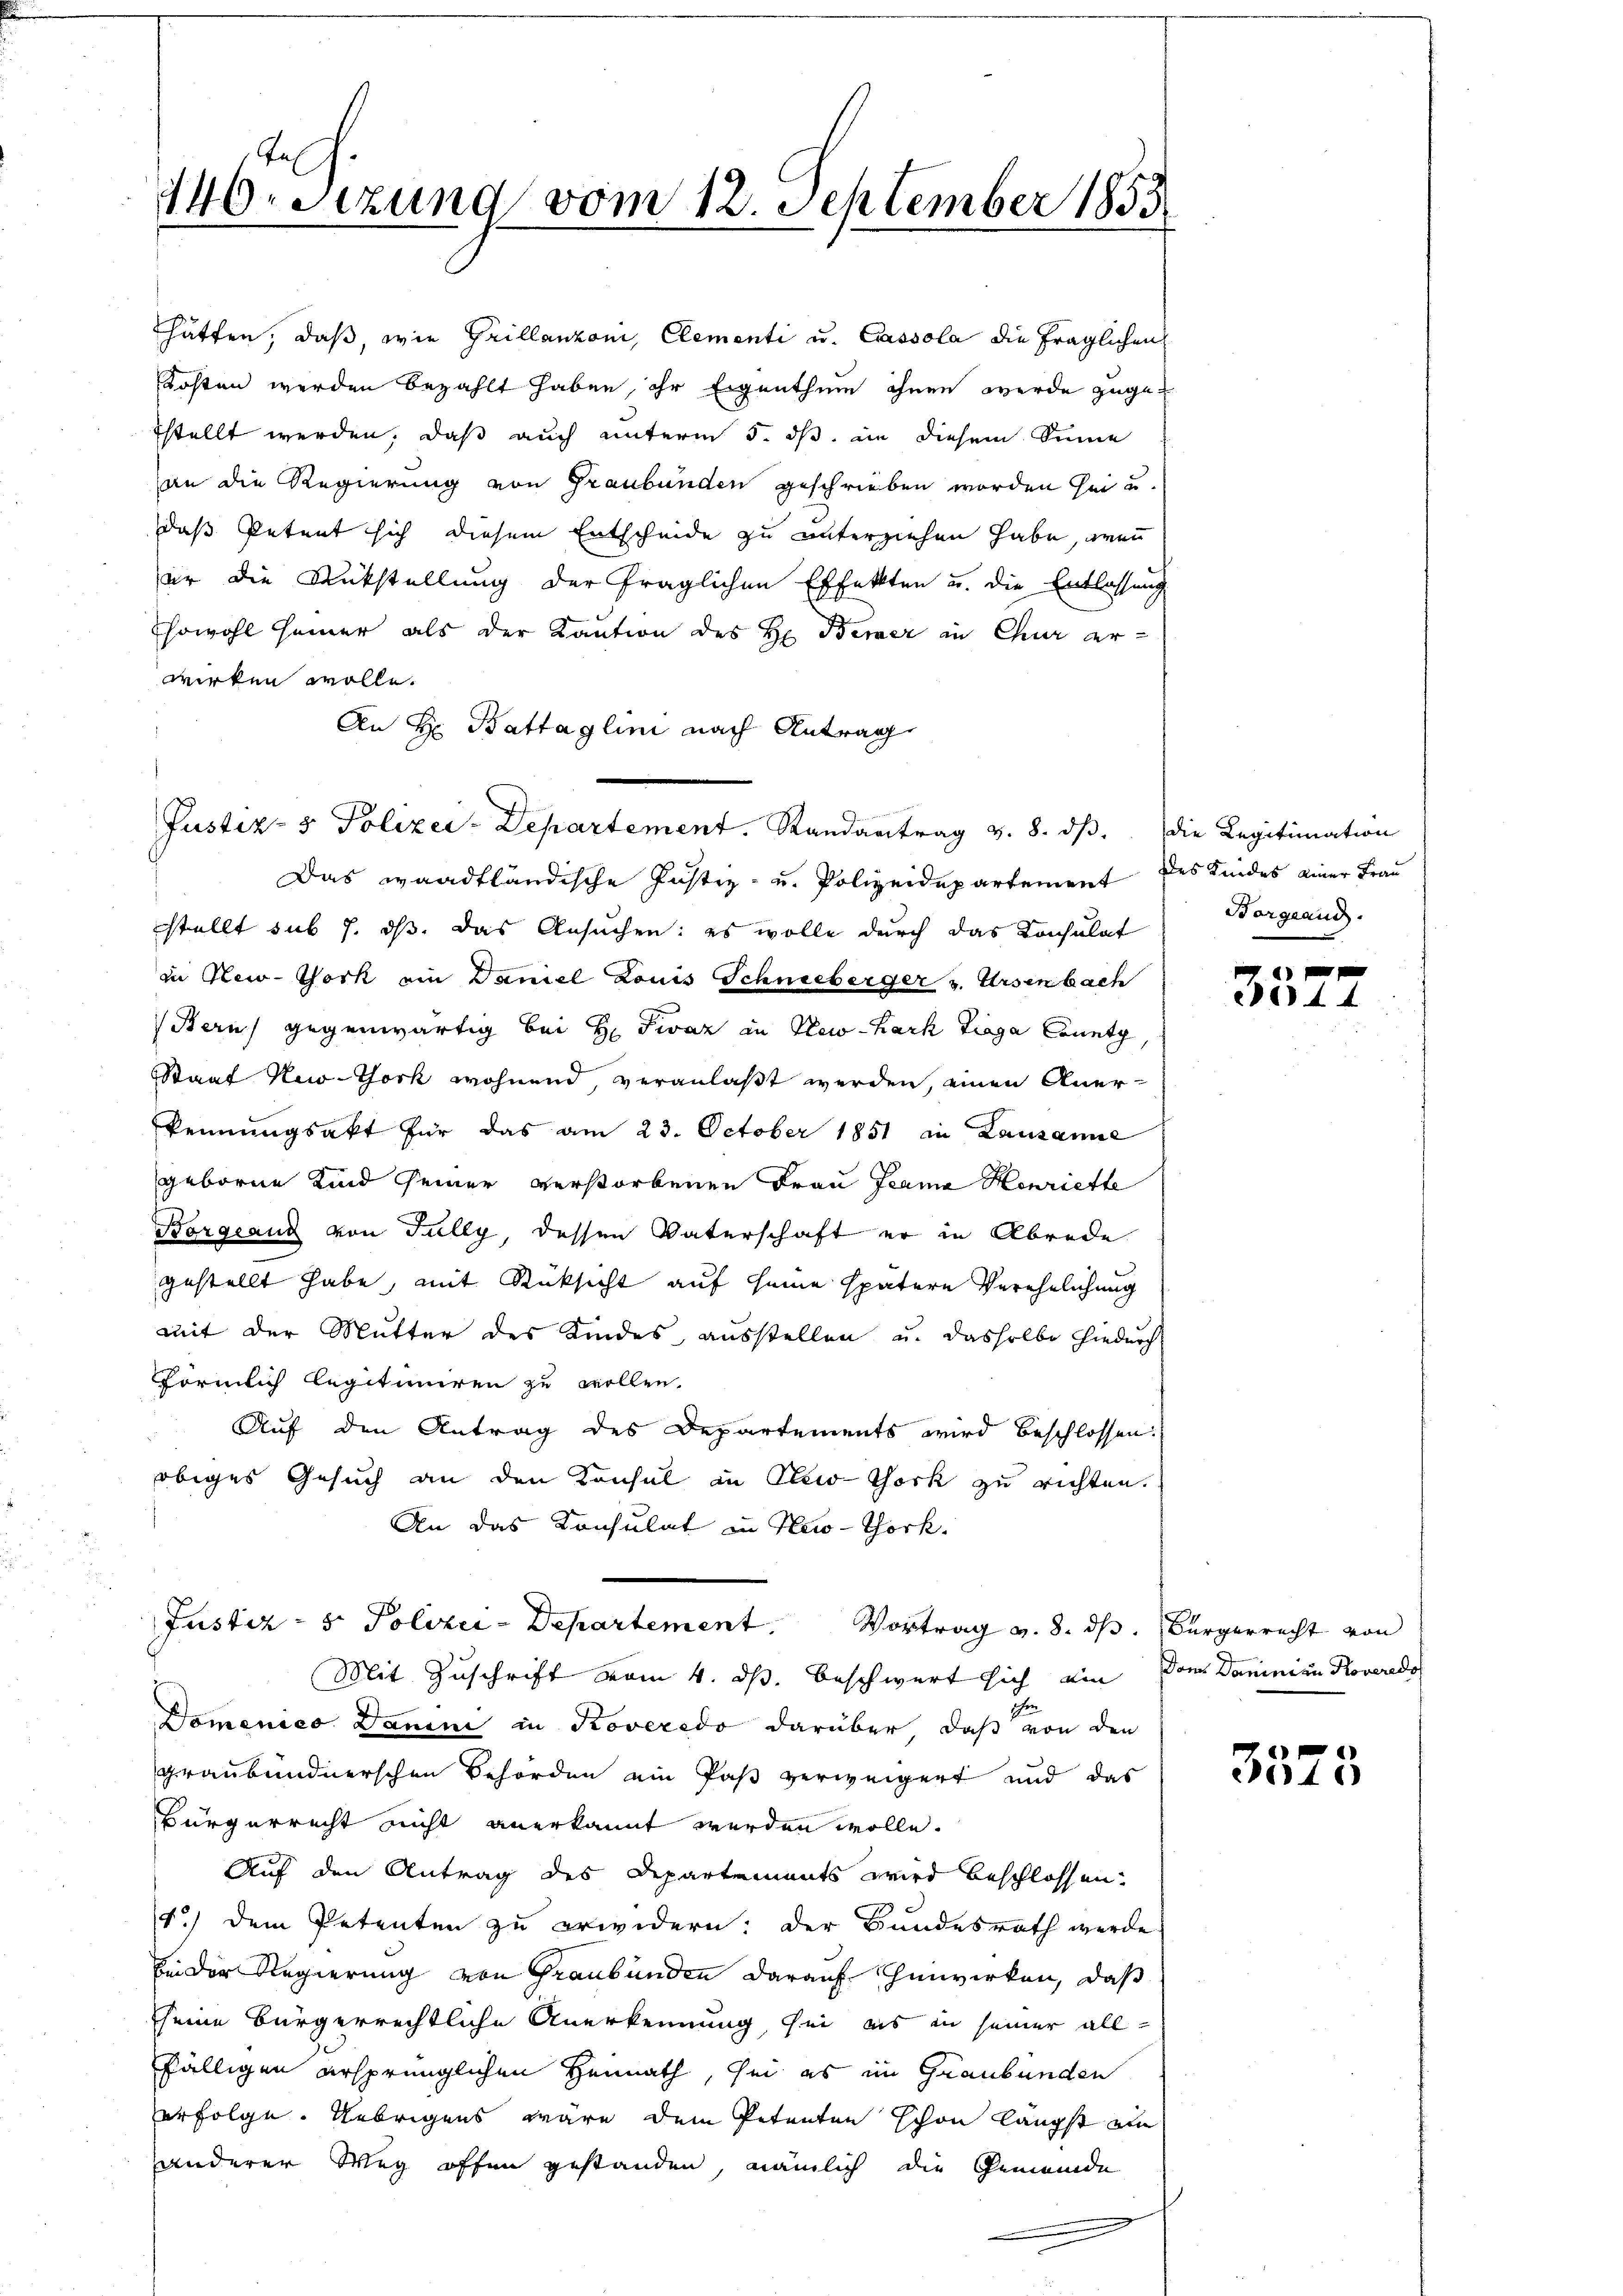
440rsezung vom 12. September 1853

hätten, daß, wie Grillanzoni, Clementi u. Cassola die fraglichen
Kosten werden bezahlt haben, ihr Eigenthum ohnen werde zugetstellt werden, daß auch unterm 5. dß in diesem Sinne
an die Regierung von Graubünden geschrieben worden sei u.
daß Petent sich diesem Entscheide zu unterziehen habe, wenn
er die Rückstellung der fraglichen Effekten u. die Entlassung
Esowohl seiner als der Kaution des Hr. Bemer in Chur erwirken wolle.
An Hr. Battaglini nach Antrag
Das waadtländische Justiz- und Polizeidepartement des Kindes einer Frau
stellt sub 7. ds. das Ansuchen: es wolle durch das Konsulat
in New-York ein Daniel Louis Schneeberger v. Ursenbach
Bern gegenwärtig bei Hr. Fivaz in New-Kark Tiega County
Staat New-York wohnend, veranlaßt werden, einen Aner-
Rennungsakt für das am 23. October 1851 in Lausanne
geborne Kind seiner verstorbenen Frau Feama Henriette
Borgang von Fully, dessen Vaterschaft er in Abrede
gestellt habe, mit Rüksicht auf seine spätere Verehelichung
mit der Mutter des Kindes, ausstellen u. dasselbe hiedurch
Förmlich legitimiren zu wollen.
Auf den Antrag des Departements wird beschlossen.
obiges Gesuch an den Konsul in Plei- thork zu richten.
An das Konsulat in New-York

Justiz- & Polizei-Departement. Randantrag v. 8. dβ. die Legitimation

Justiz- & Polizei-Departement. Vortrag v. 8. ds. Bürgerrecht von
Mit Zuschrift vom 4. ds. beschwert sich ein vom Dominian Roveredo

Domenico Dann in Roveredo darüber, daß von den
graubündnerschen Behörden ein Paß verweigert und das
Bürgerrecht nicht anerkannt werden wolle.
Auf den Antrag des Departements wird beschlossen.
1.) Dem Petenten zu erwidern: der Bundesrath werde
Ein der Regierung von Graubünden darauf hinwirken, daß
sseine Bürgerrechtliche Anerkennung, sei es in seiner allfälligen ersprünglichen Heimath, sei es im Graubünden
erfolge. Uebrigens wäre dem Petenten schon längst ein
anderer Weg offen gestanden, nämlich die Gemeinde

Norgeand.

44

3523